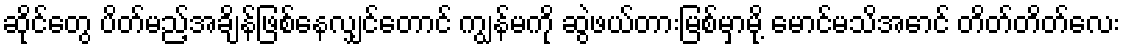
ဆိုင်တွေ ပိတ်မည့်အချိန်ဖြစ်နေလျှင်တောင် ကျွန်မကို ဆွဲဖယ်တားမြစ်မှာမို့ မောင်မသိအောင် တိတ်တိတ်လေး